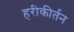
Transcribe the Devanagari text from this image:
हरीकीर्तन